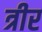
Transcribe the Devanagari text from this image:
त्रीर